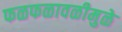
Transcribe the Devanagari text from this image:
फळफळावळीमुळे